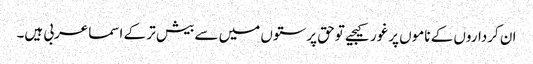
ان کرداروں کے ناموں پرغورکیجیے توحق پرستوں میں سے بیش تر کے اسماعربی ہیں۔